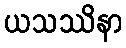
ယသဿိနာ